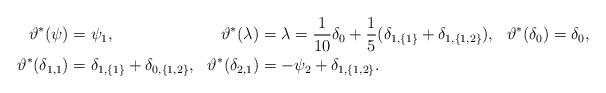
LaTeX: \begin{align*}\vartheta^*(\psi) &= \psi_1, & \vartheta^*(\lambda) &= \lambda=\frac{1}{10}\delta_0+\frac{1}{5}(\delta_{1,\{1\}}+\delta_{1,\{1,2\}}), &\vartheta^*(\delta_0) &= \delta_0, \\ \vartheta^*(\delta_{1,1}) &= \delta_{1,\{1\}} + \delta_{0,\{1,2\}}, & \vartheta^*(\delta_{2,1}) &= -\psi_2 + \delta_{1,\{1,2\}}. \end{align*}